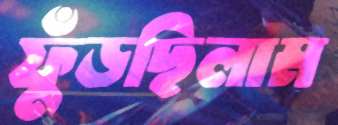
ফুঁড়ছিলাম